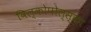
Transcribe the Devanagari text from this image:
विल्कोपोल्स्का